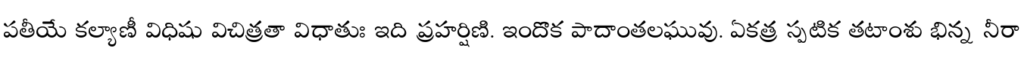
పతీయే కల్యాణీ విధిషు విచిత్రతా విధాతుః ఇది ప్రహర్షిణి. ఇందొక పాదాంతలఘువు. ఏకత్ర స్పటిక తటాంశు భిన్న నీరా